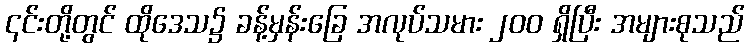
၎င်းတို့တွင် ထိုဒေသ၌ ခန့်မှန်းခြေ အလုပ်သမား ၂၀၀ ရှိပြီး အများစုသည်